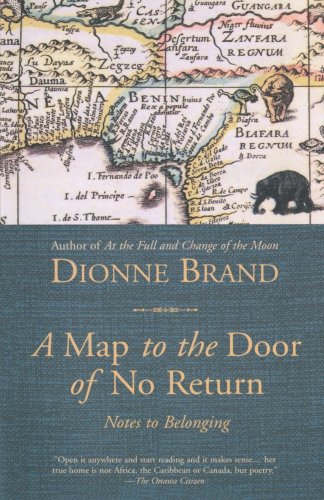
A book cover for A Map to the Door of No Return: Notes to Belonging; Dionne Brand; Biographies & Memoirs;